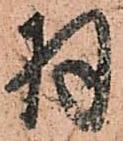
羽